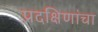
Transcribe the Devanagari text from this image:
प्रदक्षिणांचा